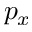
p _ { x }